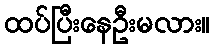
ထပ်ပြီးနေဦးမလား။